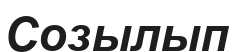
Созылып